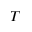
T